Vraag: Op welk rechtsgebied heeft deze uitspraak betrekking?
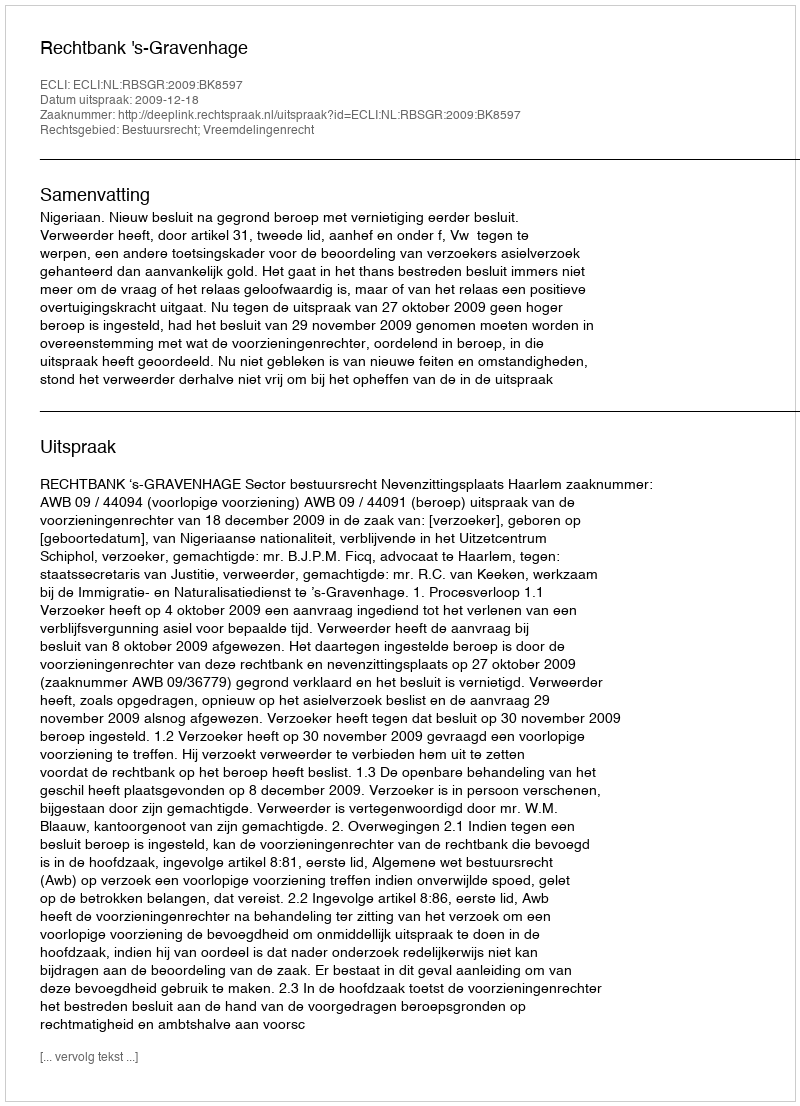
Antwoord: Bestuursrecht; Vreemdelingenrecht